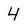
Character: 4